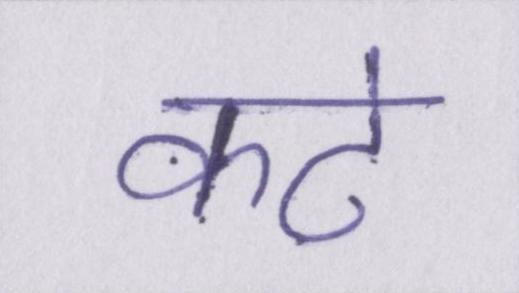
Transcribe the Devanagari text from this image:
कटे